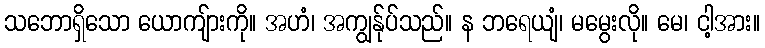
သဘောရှိသော ယောကျ်ားကို။ အဟံ၊ အကျွန်ုပ်သည်။ န ဘရေယျံ၊ မမွေးလို။ မေ၊ ငါ့အား။